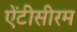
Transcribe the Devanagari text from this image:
ऐंटीसीरम